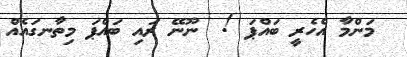
މަންމާ އެހެރީ ބައްޕަ !  ނޫނޭ ރައި ބައްޕަ މިތާނގައެއް